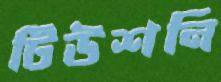
টিউশনি